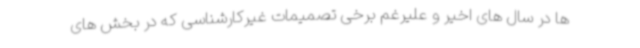
ها در سال های اخیر و علیرغم برخی تصمیمات غیرکارشناسی که در بخش های